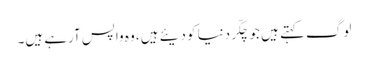
لوگ کہتے ہیں جو چکّر دنیا کو دیئے ہیں، وہ واپس آرہے ہیں۔